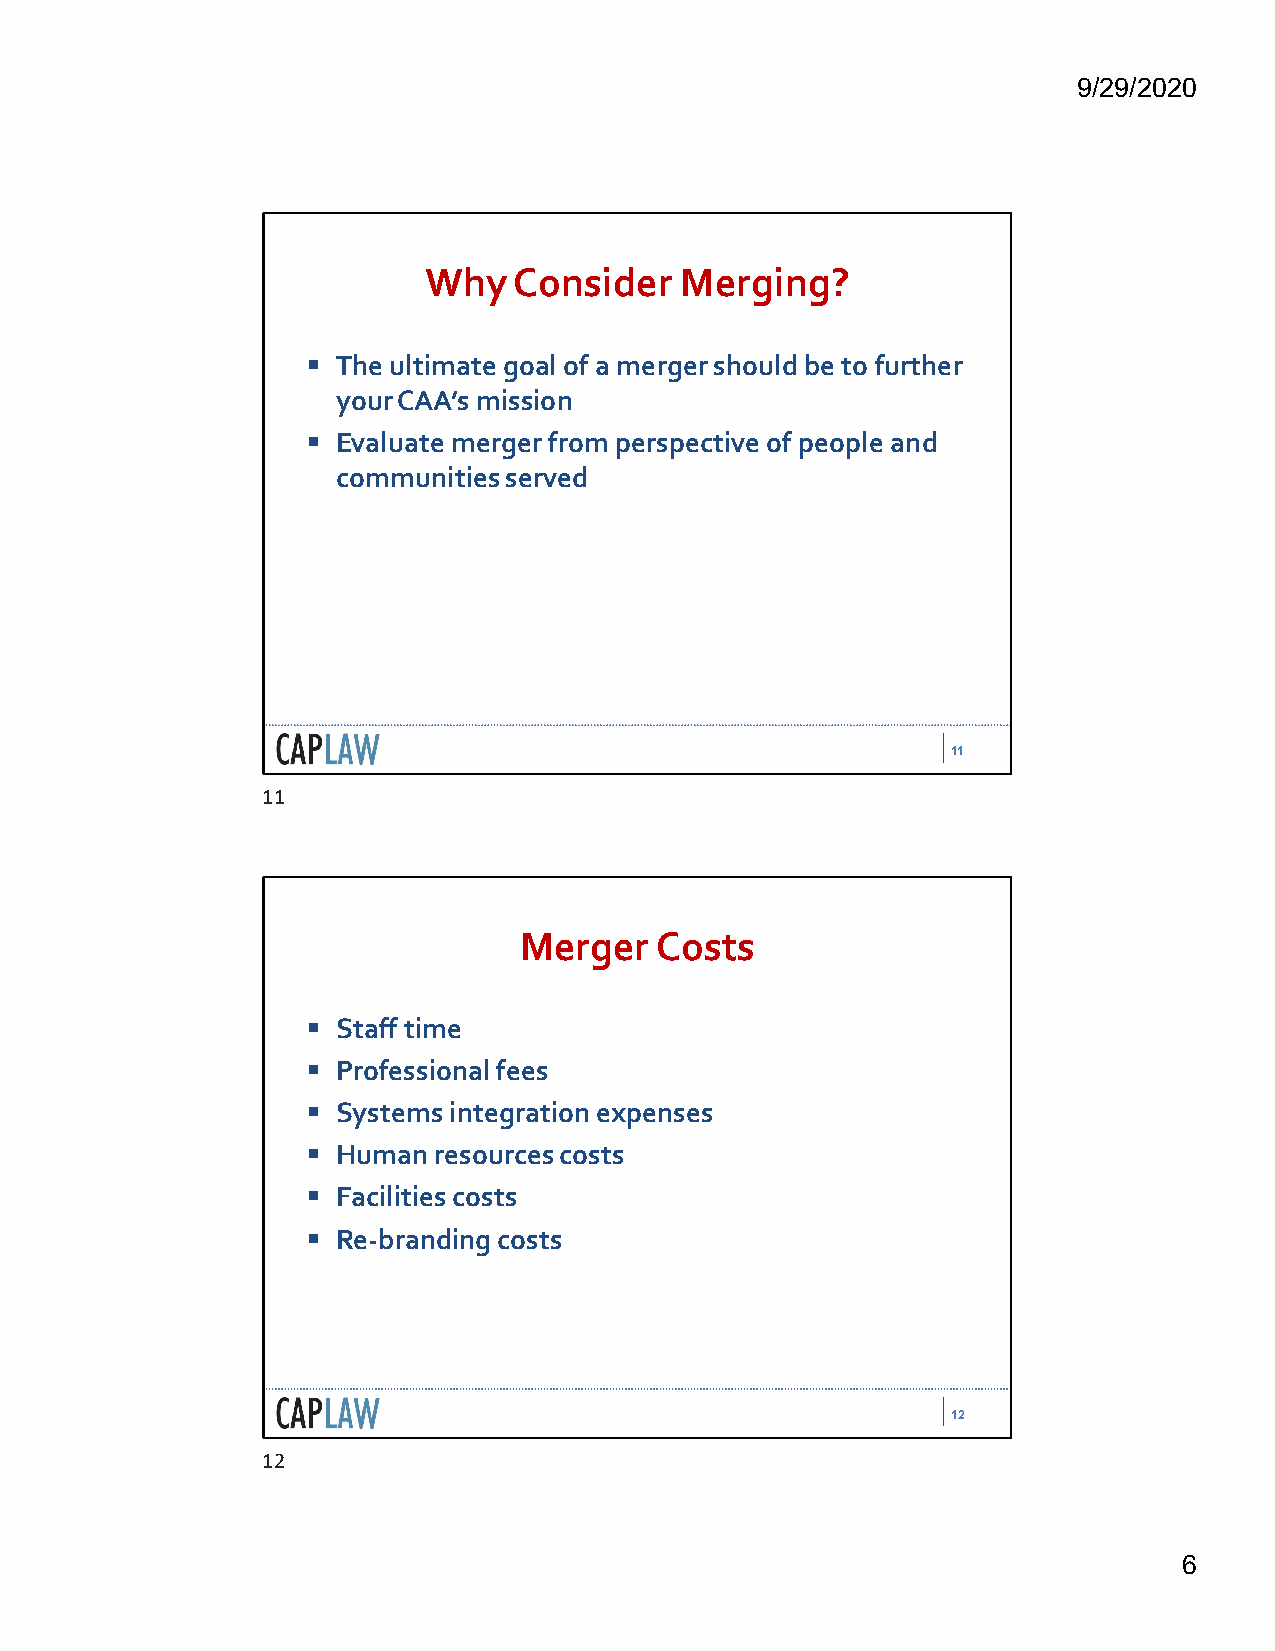
9/29/2020
 Why   Consider   Merging?
  The ultimate goal of a merger should be to further
 your CAA’s mission
  Evaluate merger from perspective of people and
 communities served
 11
 11
 Merger   Costs
  Staff time
  Professional fees
  Systems integration expenses
  Human  resources costs
  Facilities costs
  Re-branding costs
 12
 12
 6